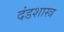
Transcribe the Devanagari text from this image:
दंडशास्त्र